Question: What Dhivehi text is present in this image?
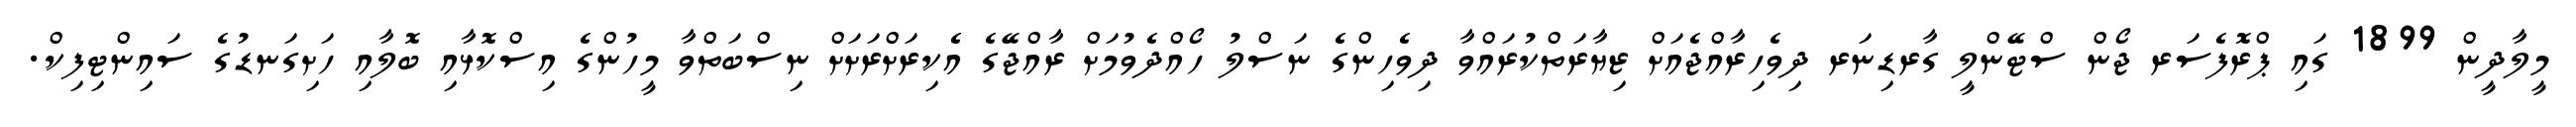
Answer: މީލާދީން 1899 ގައި ޕްރޮފެސަރ ޖޯން ސްޓޭންލީ ގާރޑިނަރ ދިވެހިރާއްޖެއަށް ޒިޔާރަތްކުރައްވާ ދިވެހިންގެ ނަސްލު ހޯއްދެވުމަށް ރާއްޖޭގެ އެކިރަށްރަށަށް ނިސްބަތްވާ މީހުންގެ އިސްކޮޅާއި ބޮލާއި ހަށިގަނޑުގެ ސައިންޓިފިކް.